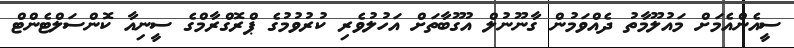
ސީއެންއެމަށް މައުލޫމާތު ދެއްވަމުން ގާނޫނުލް އުގޫބާތަށް އަހުލުވެރި ކުރުވުމުގެ ޕްރޮގްރާމްގެ ސީނިއާ ކޮންސަލްޓެންޓް